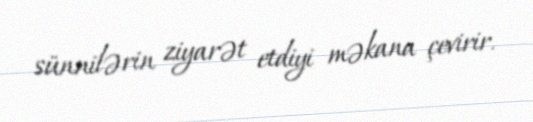
sünnilərin ziyarət etdiyi məkana çevirir.